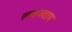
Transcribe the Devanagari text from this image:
लवज्वाय